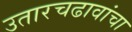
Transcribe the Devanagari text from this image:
उतारचढावांचा